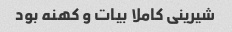
شیرینی کاملا بیات و کهنه بود